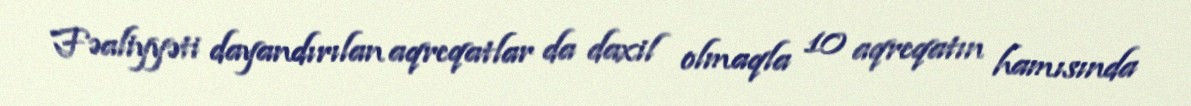
Fəaliyyəti dayandırılan aqreqatlar da daxil olmaqla 10 aqreqatın hamısında